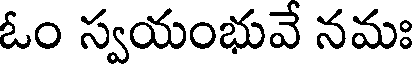
ఓం స్వయంభువే నమః